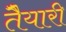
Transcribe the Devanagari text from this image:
तैेयारी